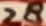
Text: 28